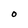
Character: O